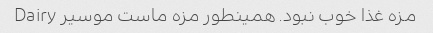
مزه غذا خوب نبود. همینطور مزه ماست موسیر Dairy